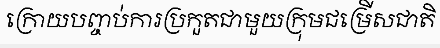
ក្រោយបញ្ចប់ការប្រកួតជាមួយក្រុមជម្រើសជាតិ